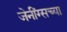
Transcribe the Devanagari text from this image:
जेनींग्सच्या